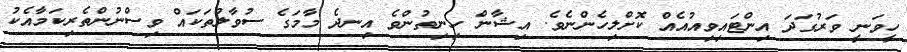
ހީވަނީ ވަރުގަދަ އިންޓައިވިއުއެއް ކޮށްލިހެންނެވެ. އިޝާން ހިނިތުންވެ އިނދެ މާމަގެ ސުވާލުތަކައް ވިސްނުންތެރިކަމާއެކު